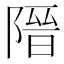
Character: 𮥔